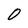
Character: 0